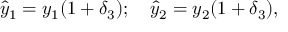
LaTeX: { \hat { y } } _ { 1 } = y _ { 1 } ( 1 + \delta _ { 3 } ) ; \quad { \hat { y } } _ { 2 } = y _ { 2 } ( 1 + \delta _ { 3 } ) ,